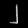
Digit: ၂